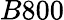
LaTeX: B800